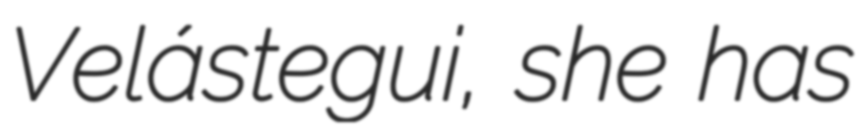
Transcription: Velástegui, she has